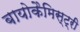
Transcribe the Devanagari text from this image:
बायोकैमिस्ट्री